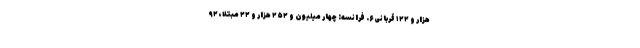
هزار و ۱۲۲ قربانی ۶. فرانسه: چهار میلیون و ۲۵۲ هزار و ۲۲ مبتلا، ۹۲